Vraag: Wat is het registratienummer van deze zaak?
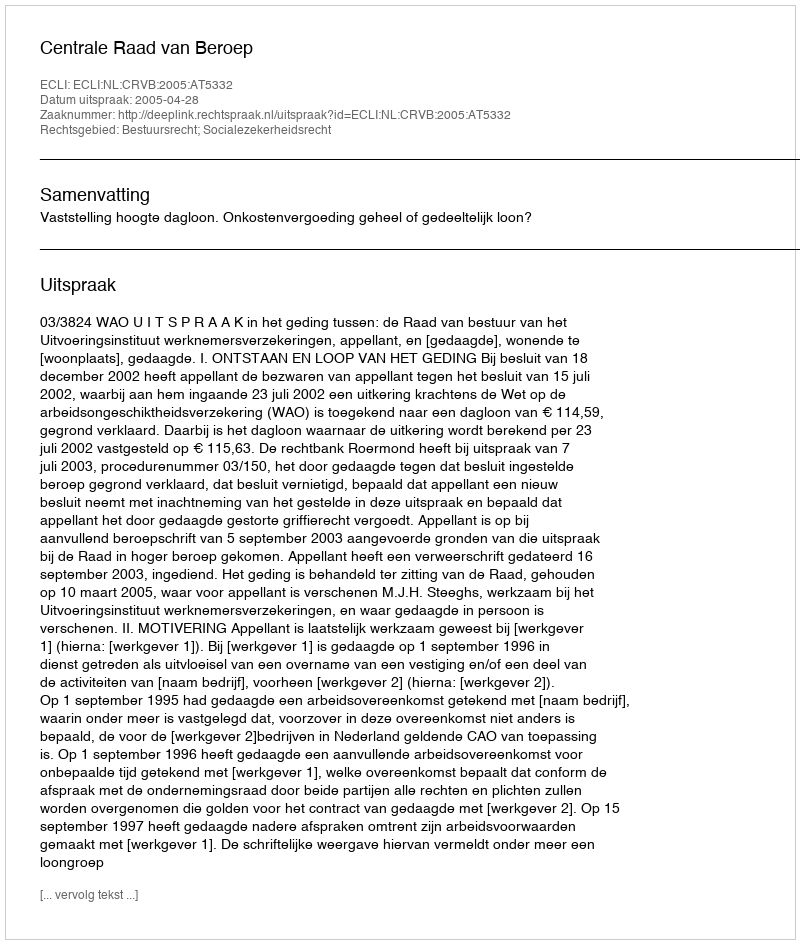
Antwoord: http://deeplink.rechtspraak.nl/uitspraak?id=ECLI:NL:CRVB:2005:AT5332